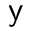
\mathsf { y }